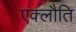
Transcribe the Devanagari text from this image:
एक्लौति